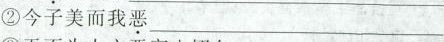
②今子美而我\underset{·}{恶}___